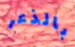
بالذعر